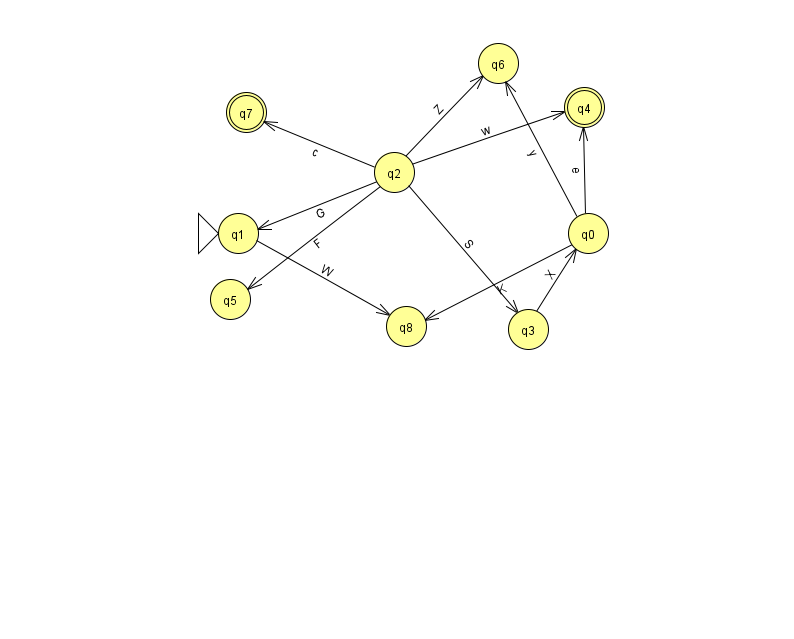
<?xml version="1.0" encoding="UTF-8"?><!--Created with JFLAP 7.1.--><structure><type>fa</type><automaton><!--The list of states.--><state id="0" name="q0"><x>588.0</x><y>220.0</y></state><state id="1" name="q1"><x>238.0</x><y>220.0</y><initial/></state><state id="2" name="q2"><x>394.0</x><y>159.0</y></state><state id="3" name="q3"><x>528.0</x><y>316.0</y></state><state id="4" name="q4"><x>584.0</x><y>94.0</y><final/></state><state id="5" name="q5"><x>230.0</x><y>286.0</y></state><state id="6" name="q6"><x>498.0</x><y>50.0</y></state><state id="7" name="q7"><x>246.0</x><y>99.0</y><final/></state><state id="8" name="q8"><x>406.0</x><y>313.0</y></state><!--The list of transitions.--><transition><from>2</from><to>1</to><read>G</read></transition><transition><from>2</from><to>5</to><read>F</read></transition><transition><from>2</from><to>6</to><read>Z</read></transition><transition><from>0</from><to>8</to><read>K</read></transition><transition><from>1</from><to>8</to><read>W</read></transition><transition><from>2</from><to>7</to><read>c</read></transition><transition><from>0</from><to>4</to><read>e</read></transition><transition><from>2</from><to>4</to><read>w</read></transition><transition><from>3</from><to>0</to><read>X</read></transition><transition><from>0</from><to>6</to><read>y</read></transition><transition><from>2</from><to>3</to><read>S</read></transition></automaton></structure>